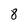
Character: 8